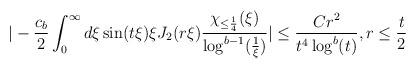
LaTeX: \begin{align*} |-\frac{c_{b}}{2} \int_{0}^{\infty} d\xi \sin(t\xi) \xi J_{2}(r\xi) \frac{\chi_{\leq \frac{1}{4}}(\xi)}{\log^{b-1}(\frac{1}{\xi})}| &\leq \frac{C r^{2}}{t^{4}\log^{b}(t)}, r \leq \frac{t}{2}\end{align*}